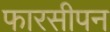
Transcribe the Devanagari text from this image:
फारसीपन